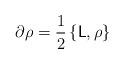
LaTeX: \begin{align*}\partial\rho = \frac{1}{2}\left\{\mathsf{L},\rho\right\}\end{align*}